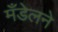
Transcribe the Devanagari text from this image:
मँडेलने